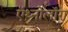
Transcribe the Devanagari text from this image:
ऍथ्नोलॉग